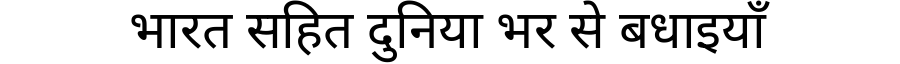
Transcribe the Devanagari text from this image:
भारत सहित दुनिया भर से बधाइयाँ